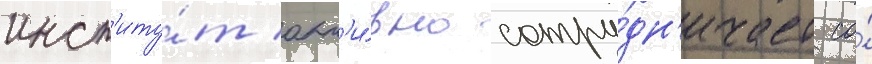
инст'иту́т акт'и́вно сотру́дн'ичает со́